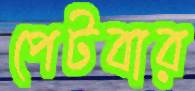
পেটবার